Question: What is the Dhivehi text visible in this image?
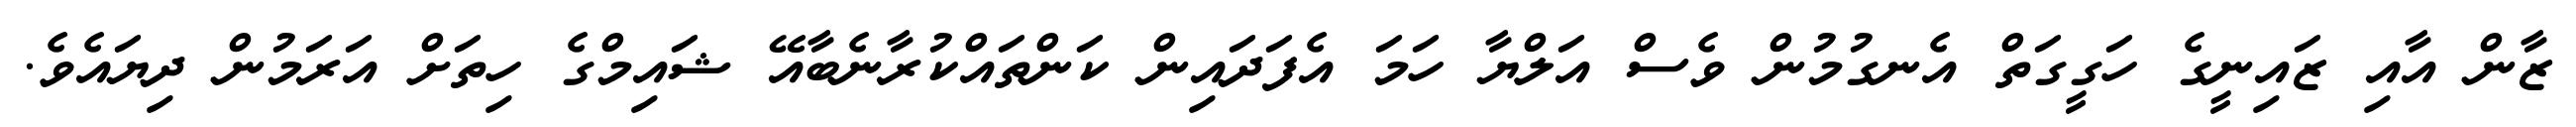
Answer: ޒާން އާއި ޒައިނީގެ ހަގީގަތް އެނގުމުން ވެސް އަލްޔާ ހަމަ އެފަދައިން ކަންތައްކުރާނެބާއޭ ޝައިމްގެ ހިތަށް އަރަމުން ދިޔައެވެ.